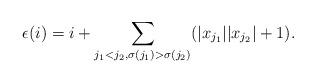
LaTeX: \begin{align*}\epsilon(i) = i+\sum_{j_1<j_2,\sigma(j_1)>\sigma(j_2)}(|x_{j_1}||x_{j_2}|+1).\end{align*}